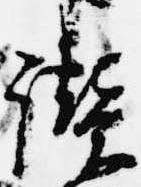
讃